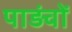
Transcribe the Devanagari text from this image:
पाड़ंवों